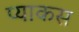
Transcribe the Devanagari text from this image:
प्याकस